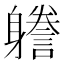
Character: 𨊏